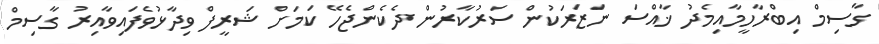
ގާސިމް އިބްރާހީމާއިމެދު ޚާއްސަ ނަޒަރަކުން ސަރުކާރުން ދެކެންޖެހޭ ކަމަށް ޝަރީފް ވިދާޅުވެފައިވާއިރު ގާސިމް